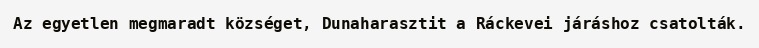
Az egyetlen megmaradt községet, Dunaharasztit a Ráckevei járáshoz csatolták.